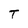
Character: T